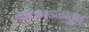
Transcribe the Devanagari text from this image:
नक्षत्रमंडळातून